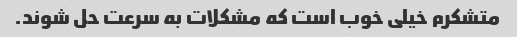
متشکرم خیلی خوب است که مشکلات به سرعت حل شوند.